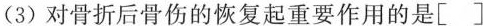
(3)对骨折后骨伤的恢复起重要作用的是[ ]